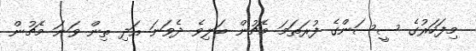
މިފަހަރުގެ ސީސަންގެ ފުރަތަމަ މެޗުން ބަލިވެ ދެވަނަ އަދި ތިން ވަނަ މެޗުން